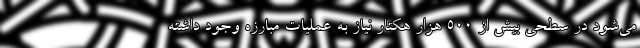
می‌شود در سطحی بیش از ۵۰۰ هزار هکتار نیاز به عملیات مبارزه وجود داشته